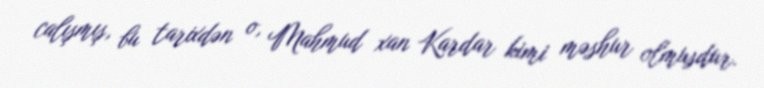
calışmış, bu tarixdən o, Mahmud xan Kardar kimi məshur olmusdur.